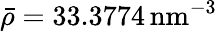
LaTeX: \bar{\rho}=33.3774\, \mathrm{nm^{-3}}